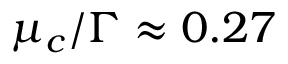
\mu _ { c } / \Gamma \approx 0 . 2 7